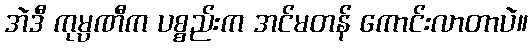
အဲဒီ ကုမ္ပဏီက ပစ္စည်းက အင်မတန် ကောင်းလာတာပဲ။